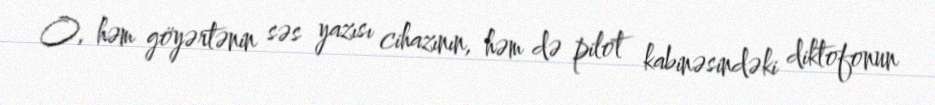
O, həm göyərtənin səs yazısı cihazının, həm də pilot kabinəsindəki diktofonun